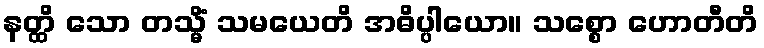
နတ္ထိ သော တသ္မိံ သမယေတိ အဓိပ္ပါယော။ သစ္စော ဟောတီတိ